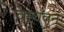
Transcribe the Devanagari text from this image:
वाचवुन